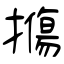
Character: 摥